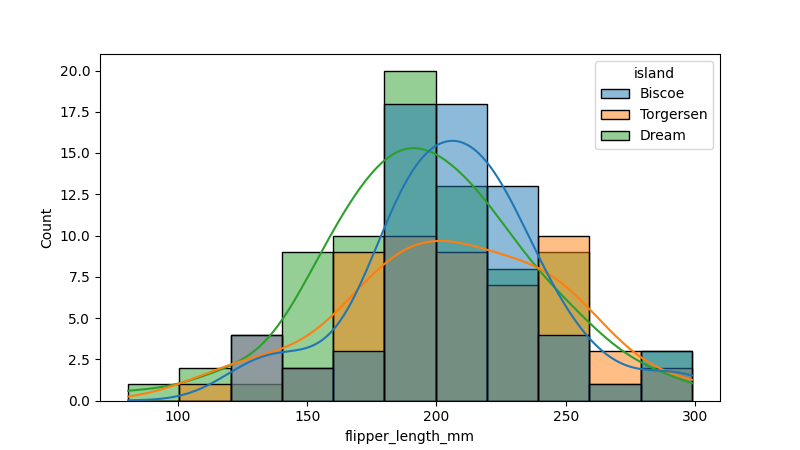
python, seaborn, histplot, hue='island', binwidth=20, bins='10', element='bars'